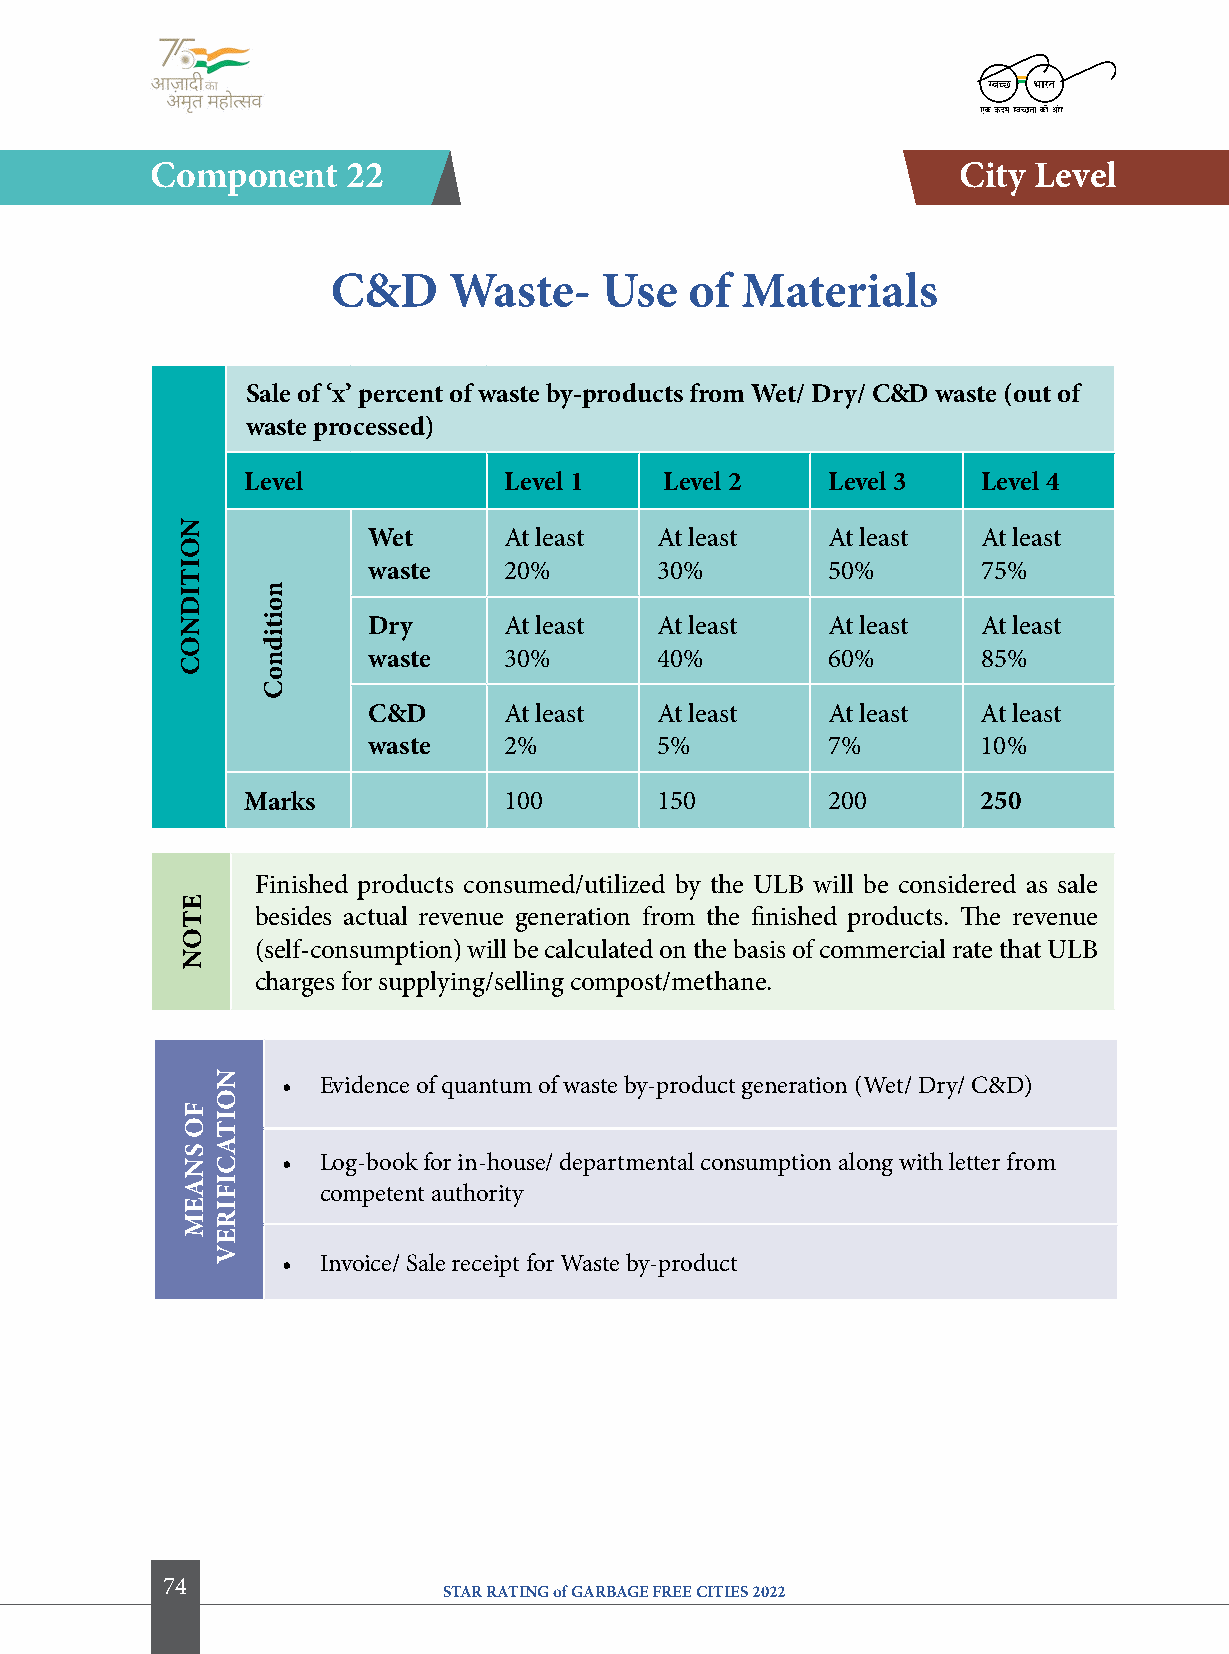
component    22                                      city level
 c&D     Waste-    Use   of Materials
 Sale of ‘x’ percent of waste by-products from Wet/ Dry/ c&D waste (out of
 waste processed)
 level            level 1    level 2    level 3   level 4
 Wet      At least  At least    At least  At least
 waste    20%       30%         50%       75%
 Dry      At least  At least    At least  At least
 waste    30%       40%         60%       85%
 c&D      At least  At least    At least  At least
 waste    2%        5%          7%        10%
 Marks            100       150         200       250
 Finished products consumed/utilized by the ULB will be considered as sale
 besides actual revenue generation from the finished products. The revenue
 (self-consumption) will be calculated on the basis of commercial rate that ULB
 charges for supplying/selling compost/methane.
 • Evidence of quantum of waste by-product generation (Wet/ Dry/ C&D)
 • Log-book for in-house/ departmental consumption along with letter from
 competent authority
 • Invoice/ Sale receipt for Waste by-product
 74
 STAR RATING of GARBAGE FREE CITIES 2022
 NoitiDNoc
 etoN
 fo
 SNaeM
 NoitacifireV
 noitidnoc